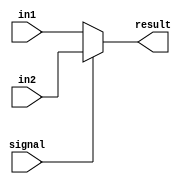
`timescale 1ns / 1ps
//////////////////////////////////////////////////////////////////////////////////
// Company: 
// Engineer: 
// 
// Design Name: 
// Module Name: adder
// Project Name: 
// Target Devices: 
// Tool Versions: 
// Description: 
// 
// Dependencies: 
// 
// Revision:
// Revision 0.01 - File Created
// Additional Comments:
// 
//////////////////////////////////////////////////////////////////////////////////



module mux2to1(

input [31:0] in1, input [31:0] in2, input signal, output [31:0] result 

    );
    
    assign result = (!signal) ? in1 : in2; 
    
endmodule

module mux4to1( // mux expansion by mux2to1

 input [31:0] in1, input [31:0] in2, input [31:0] in3, input [31:0] in4, input [1:0] signal, output [31:0] result 
);
    
  wire[31:0] t1, t2; 

  mux2to1 m1 (in1, in2, signal[0], t1);
  mux2to1 m2 (in3, in4, signal[0], t2);
  mux2to1 m3 (t1, t2, signal[1], result);


endmodule